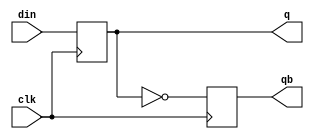
`timescale 1ns / 1ps
//////////////////////////////////////////////////////////////////////////////////
// Company: 
// Engineer: 
// 
// Design Name: 
// Module Name: d_ff
// Project Name: 
// Target Devices: 
// Tool Versions: 
// Description: 
// 
// Dependencies: 
// 
// Revision:
// Revision 0.01 - File Created
// Additional Comments:
// 
//////////////////////////////////////////////////////////////////////////////////


module d_ff(q,qb,din,clk);

  input clk;
  input din;
  output reg q,qb;
  
  always @(posedge clk) begin
    q <= din;
    qb <= ~q;
  end
endmodule